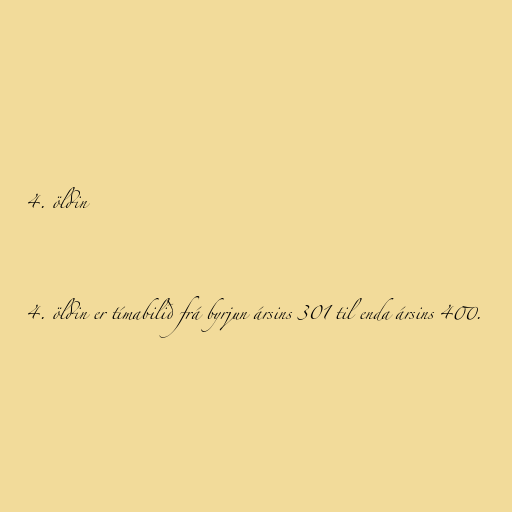
4. öldin

4. öldin er tímabilið frá byrjun ársins 301 til enda ársins 400.